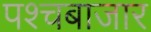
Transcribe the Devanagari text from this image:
पश्चबाजार